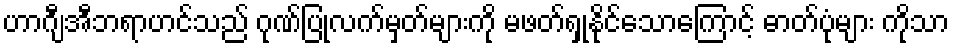
ဟာဂျီအီဘရာဟင်သည် ဂုဏ်ပြုလက်မှတ်များကို မဖတ်ရှုနိုင်သောကြောင့် ဓာတ်ပုံများ ကိုသာ